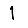
Digit: 1